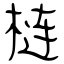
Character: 梿